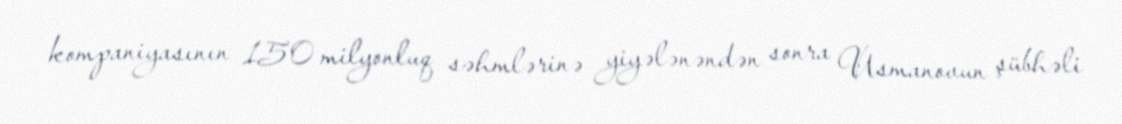
kompaniyasının 150 milyonluq səhmlərinə yiyələnəndən sonra Usmanovun şübhəli